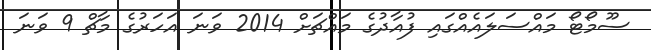
ސޫމޯޓޯ މައްސަލައެއްގައި ފުއާދުގެ މައްޗަށް 2014 ވަނަ އަހަރުގެ މާޗް 9 ވަނަ